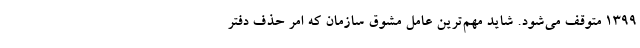
۱۳۹۹ متوقف می‌شود. شاید مهم‌ترین عامل مشوق سازمان که امر حذف دفتر